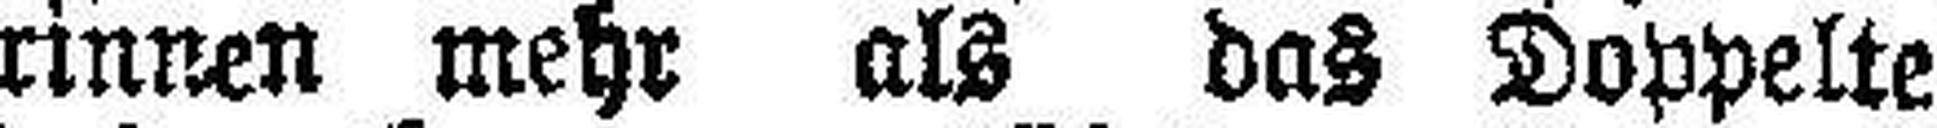
rinnen mehr als das Doppelte